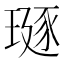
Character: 𪼅